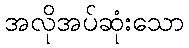
အလိုအပ်ဆုံးသော